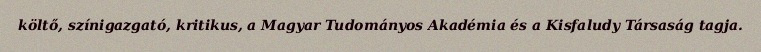
költő, színigazgató, kritikus, a Magyar Tudományos Akadémia és a Kisfaludy Társaság tagja.